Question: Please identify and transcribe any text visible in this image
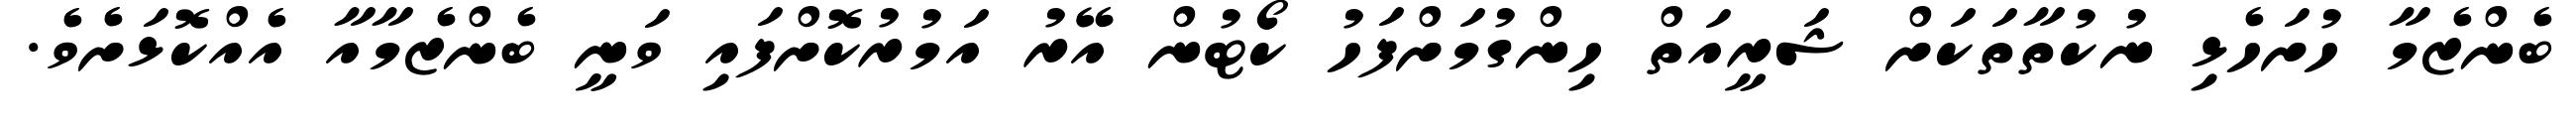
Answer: ބެންޒެމާ ހުށަހެޅި ނުކުތާތަކަށް ޝަރީއަތް ހިންގުމަށްފަހު ކޯޓުން އޭރު އަމުރުކޮށްފައި ވަނީ ބެންޒެމާއާ އެއްކޮޅަށެވެ.